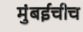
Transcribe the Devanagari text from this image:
मुंबईचीच